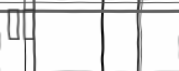
٢٨